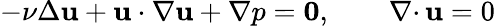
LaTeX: -\nu\Delta{\mathbf u}+{\mathbf u}\cdot\nabla{\mathbf u}+\nabla p={\mathbf 0},\qquad{{\nabla\cdot}\, }{\mathbf u}=0